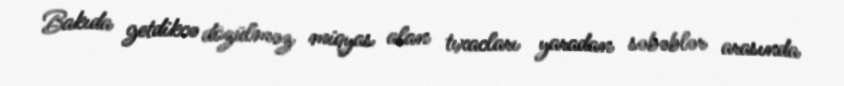
Bakıda getdikcə dözülməz miqyas alan tıxacları yaradan səbəblər arasında